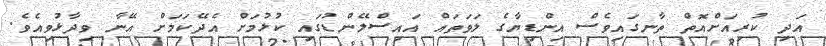
އަދި ކުރިއަށްއޮތް ތާނގައިވެސް އިންޑިޔާގެ ލަވަތައް އައިސްލޭންޑުގައި ކުޅުމަށް އެދޭކަމަށް އޭނާ ވިދާޅުވިއެވެ.